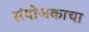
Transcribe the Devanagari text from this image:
संयोजकाचा